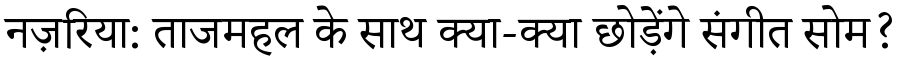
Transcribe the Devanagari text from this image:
नज़रिया: ताजमहल के साथ क्या-क्या छोड़ेंगे संगीत सोम?